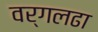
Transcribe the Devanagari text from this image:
वर्गलढा